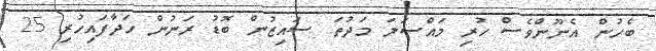
ބެހުން އެނޫންވެސް ހުރި މައްސަލަ މަދުތަ. ސައިޒުން ބޮޑު ރަނުން ހަދާފައިހުރި 25